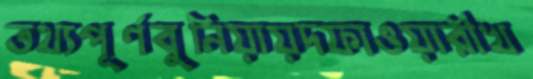
তথ্যপূর্ণবুনিয়ায়দফাওয়ারীখ